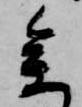
参